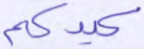
كيدكم